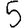
Digit: 5